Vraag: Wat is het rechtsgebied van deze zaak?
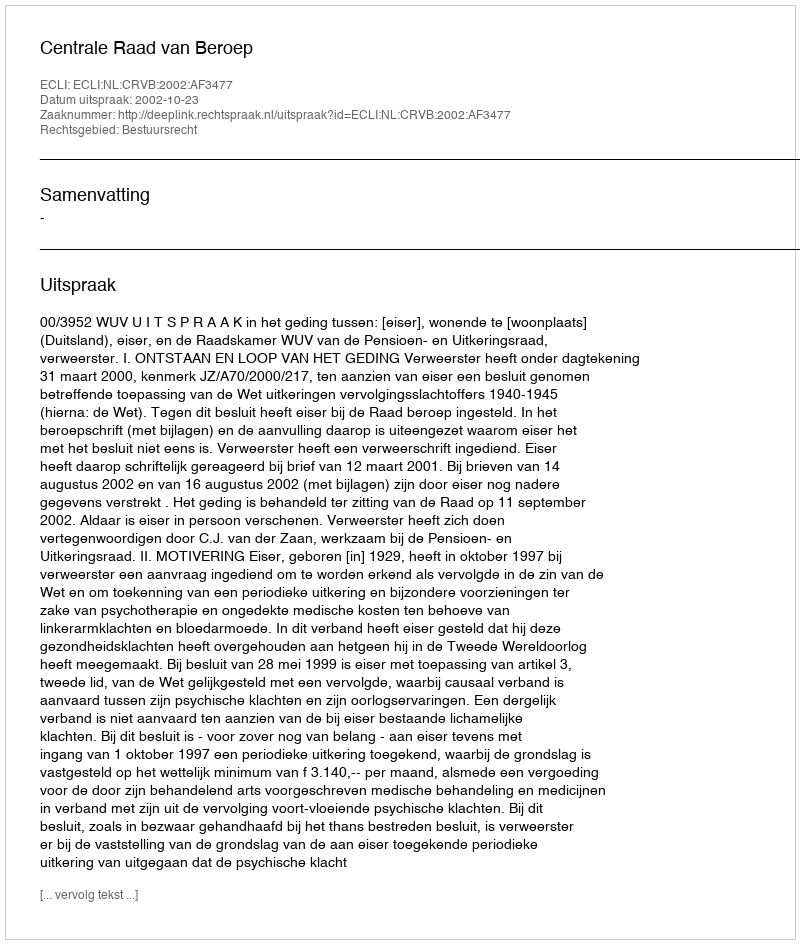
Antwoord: Bestuursrecht